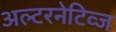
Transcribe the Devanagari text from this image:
अल्टरनेटिव्ज